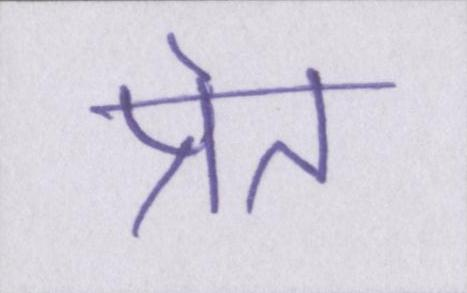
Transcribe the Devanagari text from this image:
प्रेत